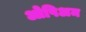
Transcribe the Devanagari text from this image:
ओपिअम